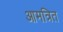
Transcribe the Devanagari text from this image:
आमत्रित